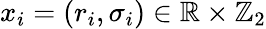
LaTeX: x_{i}=(r_{i},\sigma_{i})\in\mathbb{R}\times\mathbb{Z}_{2}